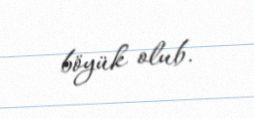
böyük olub.